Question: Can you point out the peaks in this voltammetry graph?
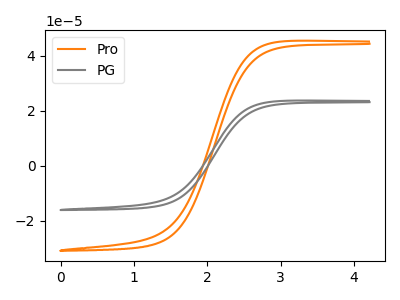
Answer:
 <answer>The orange curve "Pro" has no peaks. The gray curve "PG" has no peaks.</answer>
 <eval></eval>